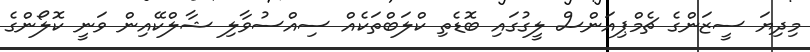
މިދިޔަ ސީޒަންގެ ޗެމްޕިއަންސް ލީގުގައި ބޮޑެތި ކްލަބްތަކެއް ސިއްސުވާލި ޝާލްކޭއިން ވަނީ ކޮލޯންގެ